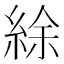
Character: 䋡